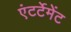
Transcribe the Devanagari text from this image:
एंटर्टेमेंट